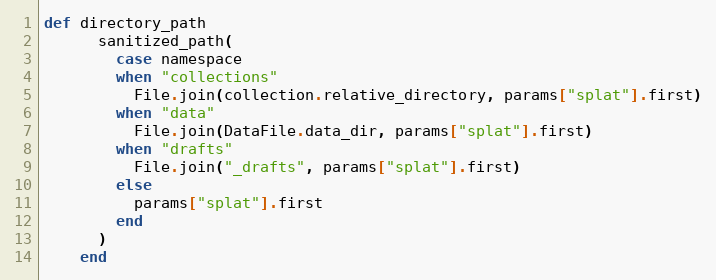
Language: Ruby
def directory_path
      sanitized_path(
        case namespace
        when "collections"
          File.join(collection.relative_directory, params["splat"].first)
        when "data"
          File.join(DataFile.data_dir, params["splat"].first)
        when "drafts"
          File.join("_drafts", params["splat"].first)
        else
          params["splat"].first
        end
      )
    end